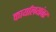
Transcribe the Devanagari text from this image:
कार्यालयांवर